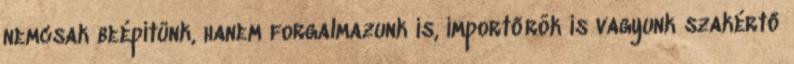
nemcsak beépítünk, hanem forgalmazunk is, importőrök is vagyunk szakértő